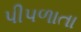
પીપળાતા